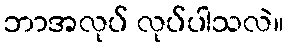
ဘာအလုပ် လုပ်ပါသလဲ။